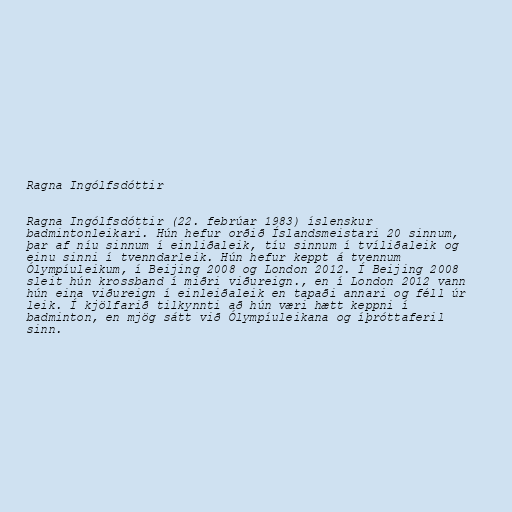
Ragna Ingólfsdóttir

Ragna Ingólfsdóttir (22. febrúar 1983) íslenskur
badmintonleikari. Hún hefur orðið Íslandsmeistari 20 sinnum,
þar af níu sinnum í einliðaleik, tíu sinnum í tvíliðaleik og
einu sinni í tvenndarleik. Hún hefur keppt á tvennum
Ólympíuleikum, í Beijing 2008 og London 2012. Í Beijing 2008
sleit hún krossband í miðri viðureign., en í London 2012 vann
hún eina viðureign í einleiðaleik en tapaði annari og féll úr
leik. Í kjölfarið tilkynnti að hún væri hætt keppni í
badminton, en mjög sátt við Ólympíuleikana og íþróttaferil
sinn.